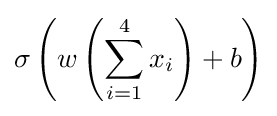
\sigma \left(w\left(\sum _{i=1}^{4}x_{i}\right)+b\right)